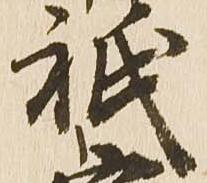
祇